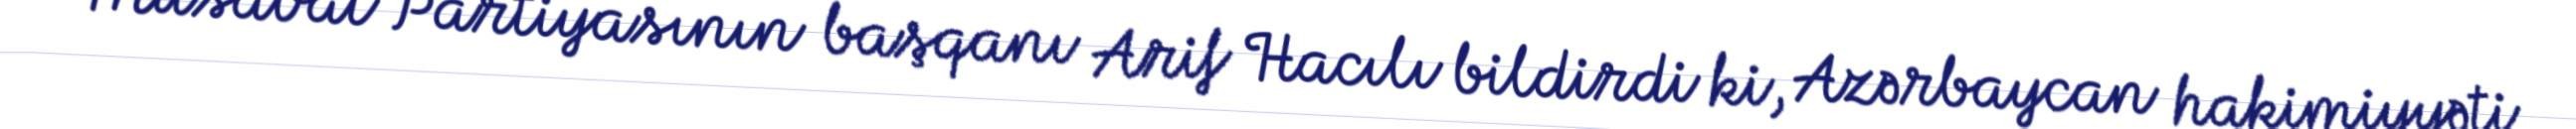
Müsavat Partiyasının başqanı Arif Hacılı bildirdi ki, Azərbaycan hakimiyyəti